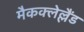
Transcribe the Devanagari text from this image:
मैकक्लेल्लैंड